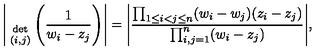
\Bigg | { \atop { \mathrm { d e t } \atop { \scriptstyle ( i , j ) } } } \Bigg ( \frac { 1 } { w _ { i } - z _ { j } } \Bigg ) \Bigg | = \Bigg | \frac { \prod _ { 1 \leq i < j \leq n } ( w _ { i } - w _ { j } ) ( z _ { i } - z _ { j } ) } { \prod _ { i , j = 1 } ^ { n } ( w _ { i } - z _ { j } ) } \Bigg | ,